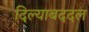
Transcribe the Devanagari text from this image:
दिल्याबददल